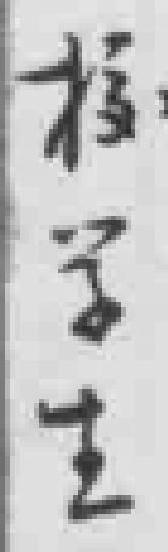
校学生